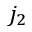
j _ { 2 }